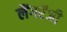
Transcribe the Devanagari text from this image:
लैंगरेंजी